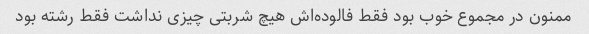
ممنون در مجموع خوب بود فقط فالوده‌اش هیچ شربتی چیزی نداشت فقط رشته بود